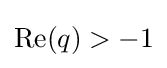
\operatorname {Re} (q)>-1